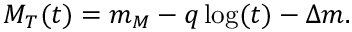
M _ { T } ( t ) = m _ { M } - q \log ( t ) - \Delta m .